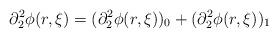
LaTeX: \begin{align*} \partial_{2}^{2}\phi(r,\xi) = (\partial_{2}^{2}\phi(r,\xi))_{0}+(\partial_{2}^{2}\phi(r,\xi))_{1}\end{align*}